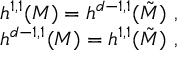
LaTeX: \begin{array} { c } { { h ^ { 1 , 1 } ( M ) = h ^ { d - 1 , 1 } ( \tilde { M } ) ~ , } } \\ { { h ^ { d - 1 , 1 } ( M ) = h ^ { 1 , 1 } ( \tilde { M } ) ~ , } } \end{array}